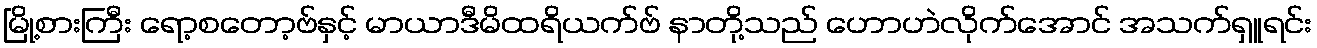
မြို့စားကြီး ရော့စတော့ဗ်နှင့် မာယာဒီမိထရိယက်ဗ် နာတို့သည် ဟောဟဲလိုက်အောင် အသက်ရှူရင်း